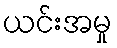
ယင်းအမှု